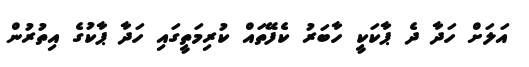
އަލަށް ހަދާ ދެ ޕާކަކީ ހާބަރު ކެފޭތައް ކުރިމަތީގައި ހަދާ ޕާކުގެ އިތުރުން